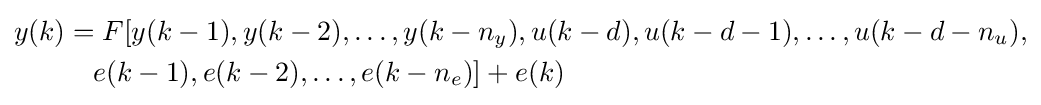
{\begin{aligned}y(k)&=F[y(k-1),y(k-2),\ldots ,y(k-n_{y}),u(k-d),u(k-d-1),\ldots ,u(k-d-n_{u}),\\&{}\quad e(k-1),e(k-2),\ldots ,e(k-n_{e})]+e(k)\end{aligned}}